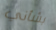
بشأني